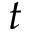
t